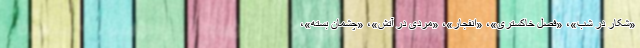
«شکار در شب»، «فصل خاکستری»، «انفجار»، «مردی در آتش»، «چشمان بسته»،